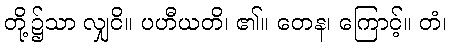
တို့၌သာ လျှငိ။ ပဟီယတိ၊ ၏။ တေန၊ ကြောင့်။ တံ၊